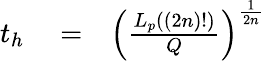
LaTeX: \begin{array}{rlr}{t_{h}}&{{}=}&{\left(\frac{L_{p}((2n)!)}{Q}\right)^{\frac{1}{2n}}}\end{array}